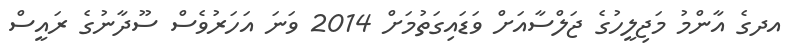
އދގެ އާންމު މަޖިލީހުގެ ޖަލްސާއަށް ވަޑައިގަތުމަށް 2014 ވަނަ އަހަރުވެސް ސޫދާނުގެ ރައީސް